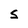
Character: S